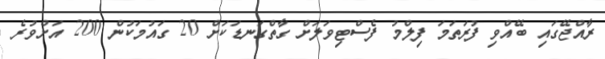
ރާއްޖޭގައި ބޭއްވި ފުރަތަމަ ފިލްމު ފެސްޓިވަލަށް ގާތްގަނޑަކަށް 20 ގައުމަކުން 200 އަށްވުރެ